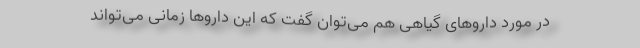
در مورد داروهای گیاهی هم می‌توان گفت که این داروها زمانی می‌تواند